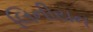
લિનીયન